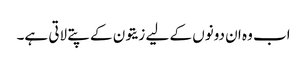
اب وہ ان دونوں کے لیے زیتون کے پتے لاتی ہے۔